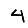
Digit: 4